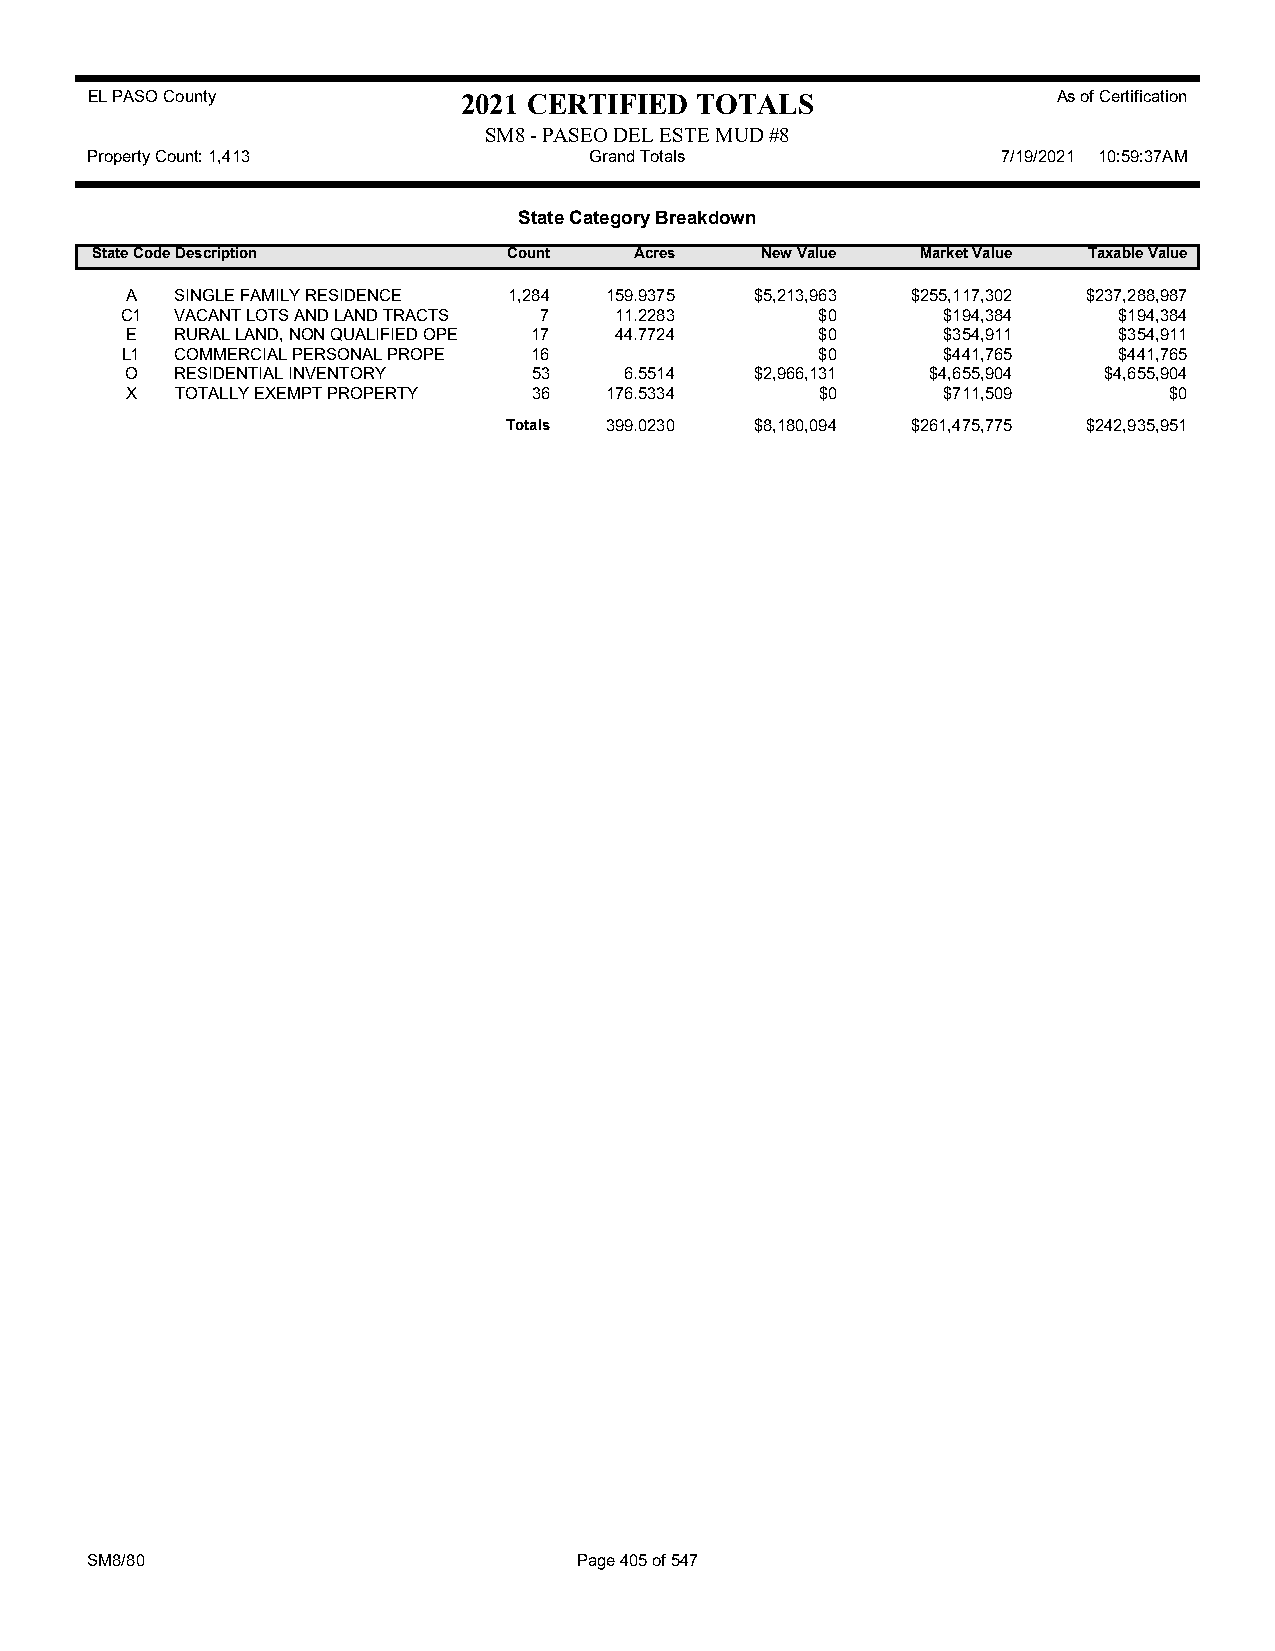
EL PASO County           2021 CERTIFIED TOTALS                  As of Certification
 SM8 - PASEO DEL ESTE MUD #8
 Property Count: 1,413            Grand Totals               7/19/2021 10:59:37AM
 State Category Breakdown
 State CodeDescription       Count   Acres   New Value  Market Value Taxable Value
 A   SINGLE FAMILY RESIDENCE 1,284 159.9375 $5,213,963 $255,117,302 $237,288,987
 C1  VACANT LOTS AND LAND TRACTS 7 11.2283     $0      $194,384    $194,384
 E   RURAL LAND, NON QUALIFIED OPE 17 44.7724  $0      $354,911    $354,911
 L1  COMMERCIAL PERSONAL PROPE 16              $0      $441,765    $441,765
 O   RESIDENTIAL INVENTORY  53    6.5514   $2,966,131  $4,655,904 $4,655,904
 X   TOTALLY EXEMPT PROPERTY 36  176.5334      $0      $711,509       $0
 Totals 399.0230 $8,180,094 $261,475,775 $242,935,951
 SM8/80                          Page 405 of 547